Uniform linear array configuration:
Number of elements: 32
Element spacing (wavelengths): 0.25
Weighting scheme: binomial
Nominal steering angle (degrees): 15
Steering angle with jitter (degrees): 13.979
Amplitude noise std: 0.05
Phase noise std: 0.05

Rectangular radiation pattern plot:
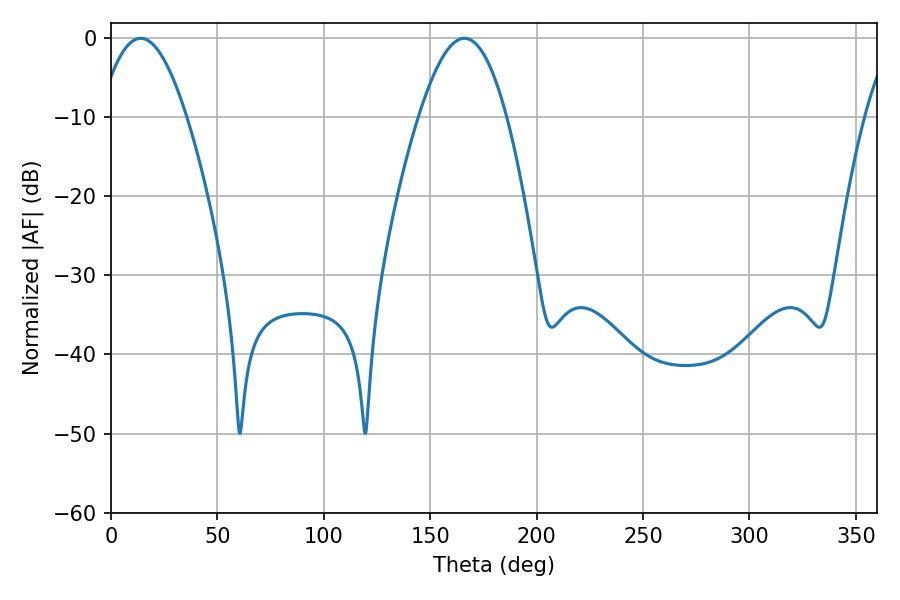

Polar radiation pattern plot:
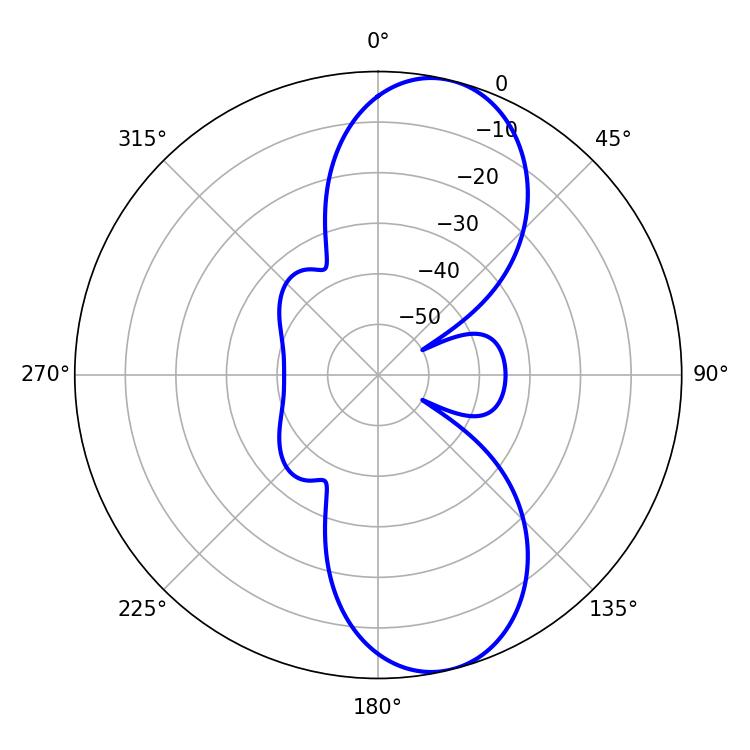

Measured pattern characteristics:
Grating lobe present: FALSE
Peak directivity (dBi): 9.82
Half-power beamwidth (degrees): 22.32
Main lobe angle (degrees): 13.86